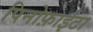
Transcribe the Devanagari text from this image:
पिनोफ़ाईटा